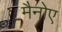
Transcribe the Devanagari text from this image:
मैनोए